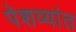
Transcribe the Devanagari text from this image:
पेशव्यांत